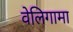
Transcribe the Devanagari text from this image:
वेलिगामा